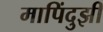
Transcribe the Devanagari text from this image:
मापिंदुझी